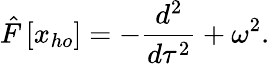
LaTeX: \hat{F}\left[x_{ho}\right]=-\frac{d^{2}}{d\tau^{2}}+\omega^{2}.